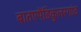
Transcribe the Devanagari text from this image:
बातएपेंडिकुलरगांठ